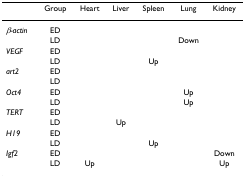
<table><thead><tr><td></td><td><b>Group</b></td><td><b>Heart</b></td><td><b>Liver</b></td><td><b>Spleen</b></td><td><b>Lung</b></td><td><b>Kidney</b></td></tr></thead><tbody><tr><td><i>β-actin</i></td><td>ED</td><td></td><td></td><td></td><td></td><td></td></tr><tr><td></td><td>LD</td><td></td><td></td><td></td><td>Down</td><td></td></tr><tr><td><i>VEGF</i></td><td>ED</td><td></td><td></td><td></td><td></td><td></td></tr><tr><td></td><td>LD</td><td></td><td></td><td>Up</td><td></td><td></td></tr><tr><td><i>art2</i></td><td>ED</td><td></td><td></td><td></td><td></td><td></td></tr><tr><td></td><td>LD</td><td></td><td></td><td></td><td></td><td></td></tr><tr><td><i>Oct4</i></td><td>ED</td><td></td><td></td><td></td><td>Up</td><td></td></tr><tr><td></td><td>LD</td><td></td><td></td><td></td><td>Up</td><td></td></tr><tr><td><i>TERT</i></td><td>ED</td><td></td><td></td><td></td><td></td><td></td></tr><tr><td></td><td>LD</td><td></td><td>Up</td><td></td><td></td><td></td></tr><tr><td><i>H19</i></td><td>ED</td><td></td><td></td><td></td><td></td><td></td></tr><tr><td></td><td>LD</td><td></td><td></td><td>Up</td><td></td><td></td></tr><tr><td><i>Igf2</i></td><td>ED</td><td></td><td></td><td></td><td></td><td>Down</td></tr><tr><td></td><td>LD</td><td>Up</td><td></td><td></td><td></td><td>Up</td></tr></tbody></table>